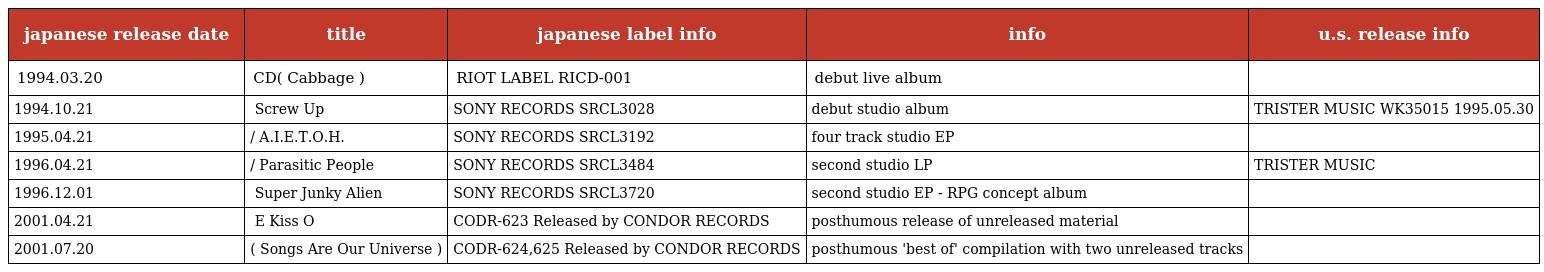
| japanese release date | title | japanese label info | info | u.s. release info |
 | --- | --- | --- | --- | --- |
 | 1994.03.20 | ライブCD「キャベツ」( Cabbage ) | RIOT LABEL RICD-001 | debut live album |  |
 | 1994.10.21 | アルバム「 Screw Up 」 | SONY RECORDS SRCL3028 | debut studio album | TRISTER MUSIC WK35015 1995.05.30 |
 | 1995.04.21 | 「あいえとう/ A.I.E.T.O.H. 」 | SONY RECORDS SRCL3192 | four track studio EP |  |
 | 1996.04.21 | アルバム「地球寄生人/ Parasitic People 」 | SONY RECORDS SRCL3484 | second studio LP | TRISTER MUSIC |
 | 1996.12.01 | ミニアルバム「 Super Junky Alien 」 | SONY RECORDS SRCL3720 | second studio EP - RPG concept album |  |
 | 2001.04.21 | 未発表音源集「 E Kiss O 」 | CODR-623 Released by CONDOR RECORDS | posthumous release of unreleased material |  |
 | 2001.07.20 | ベスト盤( Songs Are Our Universe ) | CODR-624,625 Released by CONDOR RECORDS | posthumous 'best of' compilation with two unreleased tracks |  |